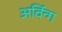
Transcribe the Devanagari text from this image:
अर्विन्ग